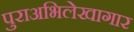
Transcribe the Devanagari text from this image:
पुराअभिलेखागार